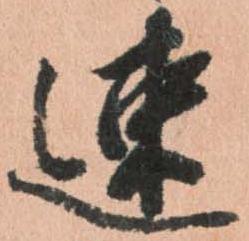
速